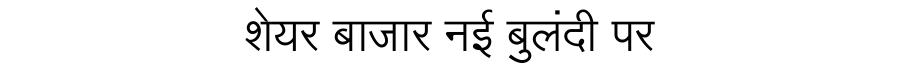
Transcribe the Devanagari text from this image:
शेयर बाजार नई बुलंदी पर